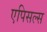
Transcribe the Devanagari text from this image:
एपिसल्स